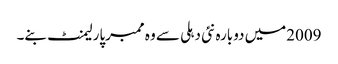
2009میں دوبارہ نئی دہلی سے وہ ممبرپارلیمنٹ بنے۔